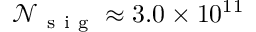
\mathscr { N } _ { \mathrm { ~ s ~ i ~ g ~ } } \approx 3 . 0 \times 1 0 ^ { 1 1 }